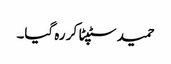
حمید سٹپٹا کر رہ گیا۔